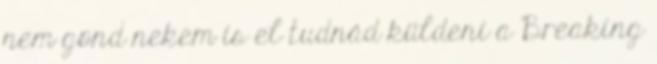
nem gond nekem is el tudnád küldeni a Breaking